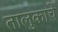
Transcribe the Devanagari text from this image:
तालुकाचे